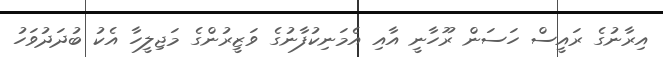
އިރާނުގެ ރައީސް ހަސަން ރޫހާނީ އާއި އެމަނިކުފާނުގެ ވަޒީރުންގެ މަޖިލީހާ އެކު ބުދަދުވަހު